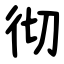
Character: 彻